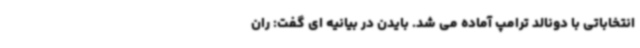
انتخاباتی با دونالد ترامپ آماده می شد. بایدن در بیانیه ای گفت: ران